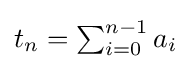
{\textstyle t_{n}=\sum _{i=0}^{n-1}a_{i}}